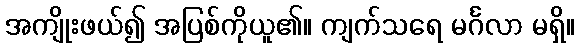
အကျိုးဖယ်၍ အပြစ်ကိုယူ၏။ ကျက်သရေ မင်္ဂလာ မရှိ။